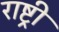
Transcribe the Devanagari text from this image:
राष्ट्र्री